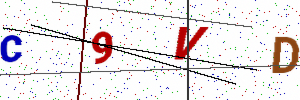
Text: C9VD